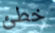
خطئ